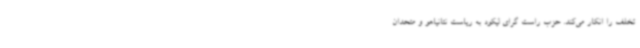
تخلف را انکار می‌کند. حزب راست گرای لیکود به ریاست نتانیاهو و متحدان